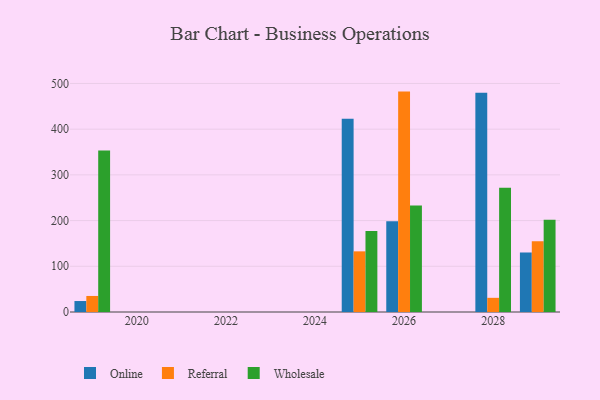
{"axis": {"x": "Year", "y": "Inventory Turnover"}, "legend": ["Online", "Referral", "Wholesale"], "data": [{"x": "2019", "y": 24.0, "type": "Online"}, {"x": "2019", "y": 35.1, "type": "Referral"}, {"x": "2019", "y": 353.2, "type": "Wholesale"}, {"x": "2028", "y": 479.9, "type": "Online"}, {"x": "2028", "y": 31.0, "type": "Referral"}, {"x": "2028", "y": 272.0, "type": "Wholesale"}, {"x": "2026", "y": 198.5, "type": "Online"}, {"x": "2026", "y": 482.2, "type": "Referral"}, {"x": "2026", "y": 232.8, "type": "Wholesale"}, {"x": "2025", "y": 422.9, "type": "Online"}, {"x": "2025", "y": 132.7, "type": "Referral"}, {"x": "2025", "y": 177.3, "type": "Wholesale"}, {"x": "2029", "y": 130.2, "type": "Online"}, {"x": "2029", "y": 154.9, "type": "Referral"}, {"x": "2029", "y": 202.1, "type": "Wholesale"}]}